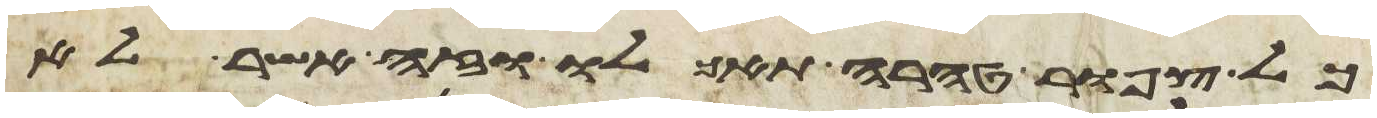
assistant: כל צפור טהרה תאכלו וזה אשר לא